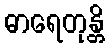
ဓာရေတုန္တိ